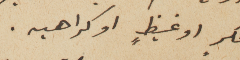
فكرٍ او غيظٍ او كراهيه.